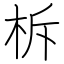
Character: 柝